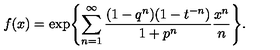
f ( x ) = \exp \Biggl \{ \sum _ { n = 1 } ^ { \infty } { \frac { ( 1 - q ^ { n } ) ( 1 - t ^ { - n } ) } { 1 + p ^ { n } } } { \frac { x ^ { n } } { n } } \Biggr \} .